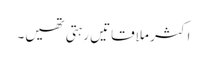
اکثر ملاقاتیں رہتی تھیں۔